Report on malaria in the Punjab during the year ...  together with an account of the work of the Punjab Malaria Bureau - Volume 3
Disease focus: Malaria
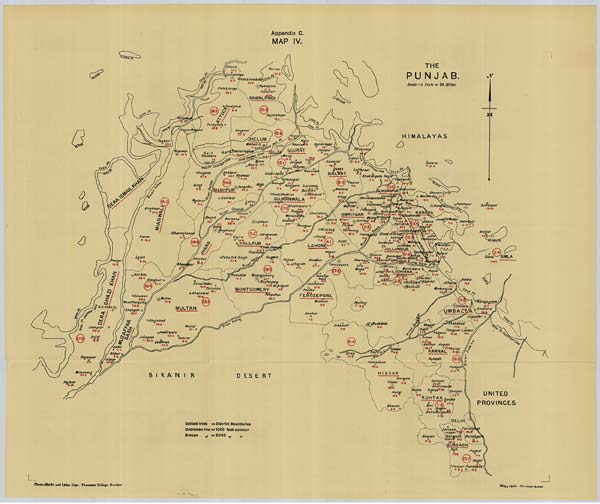
Photo.-Mechl. and Litho. Dept., Thomason College, Roorkee.
May, 1916.—No. 4655-6-420